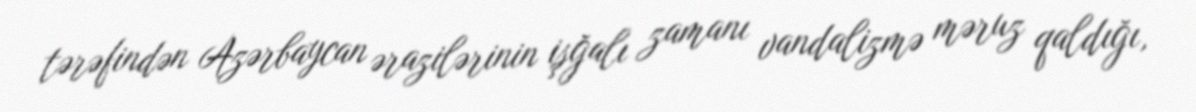
tərəfindən Azərbaycan ərazilərinin işğalı zamanı vandalizmə məruz qaldığı,